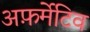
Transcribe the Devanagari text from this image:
अफ़र्मेटिव